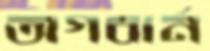
অগবার্ন